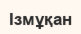
Ізмұқан